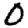
Digit: 0